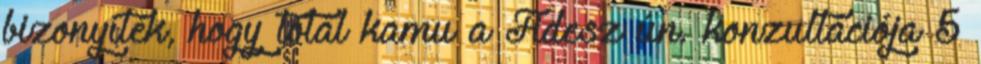
bizonyíték, hogy totál kamu a Fidesz ún. konzultációja 5